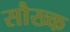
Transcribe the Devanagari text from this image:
सौख्क